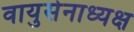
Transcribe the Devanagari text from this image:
वायुसेनाध्यक्ष